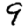
Digit: 9